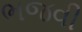
ભજવી